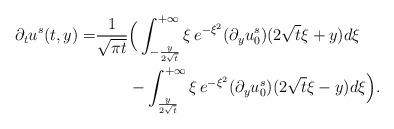
LaTeX: \begin{align*}\partial_t u^s(t, y) =& \frac{1}{\sqrt {\pi t}} \Big(\int^{+\infty}_{- {\frac{y}{2\sqrt t}}} {\xi}\, e^{-\xi^2}(\partial_y u_0^s) (2\sqrt t \xi +y) d\xi \\&\qquad- \int^{+\infty}_{ {\frac{y}{2\sqrt t}}}{\xi}\,e^{-\xi^2}(\partial_y u_0^s) (2\sqrt t \xi -y)d\xi \Big).\end{align*}